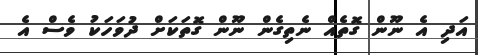
އަދި އެ ނޫން ގޮތެއް ނެތިގެން ނޫން ގޮތަކަށް ދުވަހަކު ވެސް އެ